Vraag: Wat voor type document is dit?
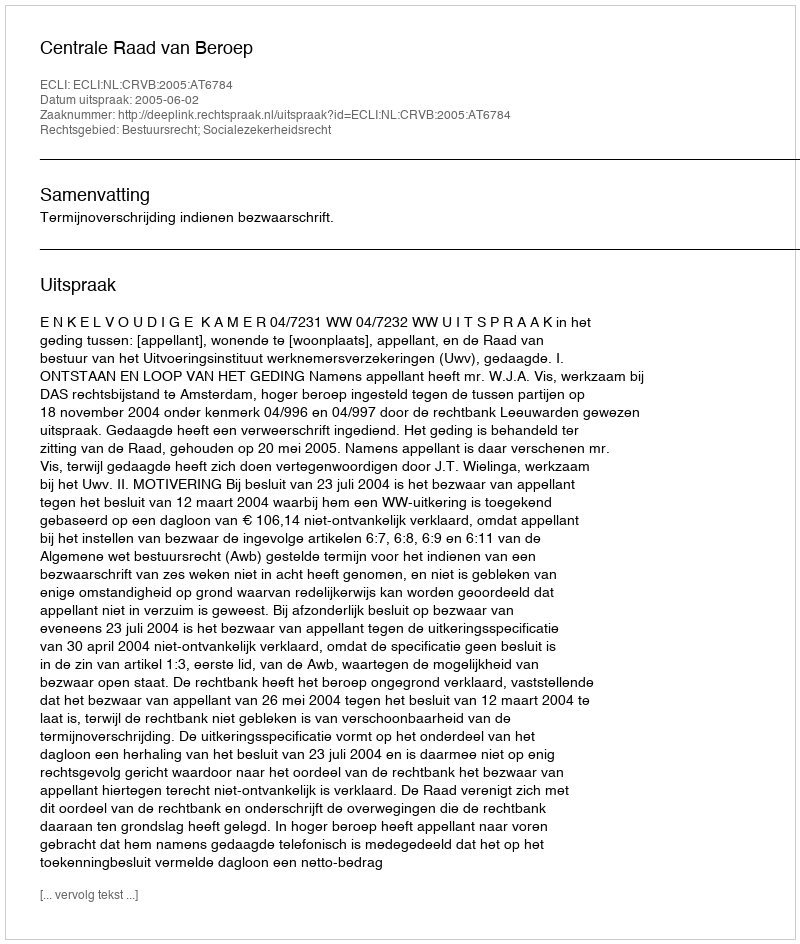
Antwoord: Uitspraak